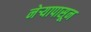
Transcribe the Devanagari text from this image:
नेऱ्यापासून